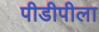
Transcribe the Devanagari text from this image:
पीडीपीला